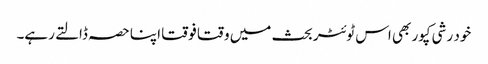
خود رشی کپور بھی اس ٹوئٹر بحث میں وقتا فوقتا اپنا حصہ ڈالتے رہے۔